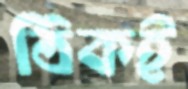
ঠিকই